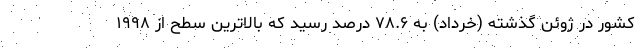
کشور در ژوئن گذشته (خرداد) به ۷۸.۶ درصد رسید که بالاترین سطح از ۱۹۹۸